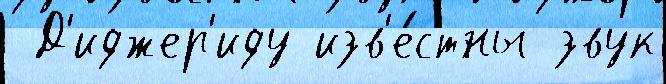
 Д'иджер'иду изв'е́стны звук